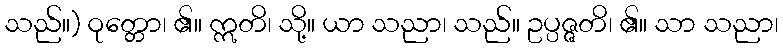
သည်။) ဝုတ္တော၊ ၏။ ဣတိ၊ သို့။ ယာ သညာ၊ သည်။ ဥပ္ပဇ္ဇတိ၊ ၏။ သာ သညာ၊